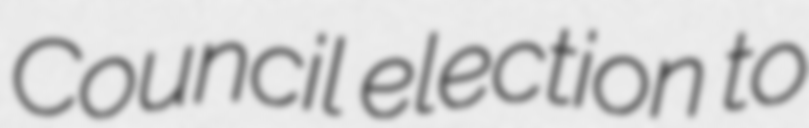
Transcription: Council election to